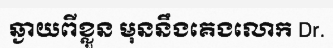
ឆ្ងាយពីខ្លួន មុននឹងគេងលោក Dr.